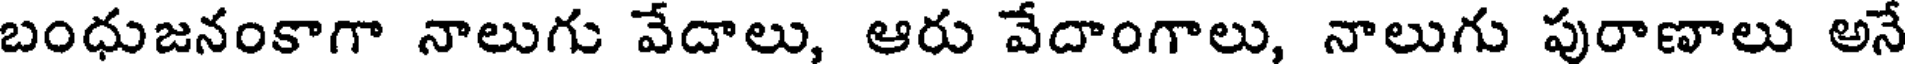
బంధుజనంకాగా నాలుగు వేదాలు, ఆరు వేదాంగాలు, నాలుగు పురాణాలు అనే